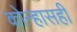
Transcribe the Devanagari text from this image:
कोन्हासही